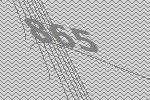
865